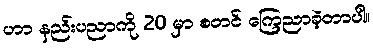
ဟာ နည်းပညာကို 20 မှာ စတင် ကြေညာခဲ့တာပါ။